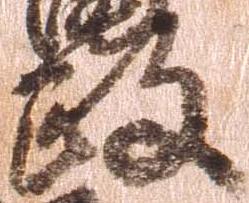
政